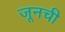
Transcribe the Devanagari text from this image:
जूनची